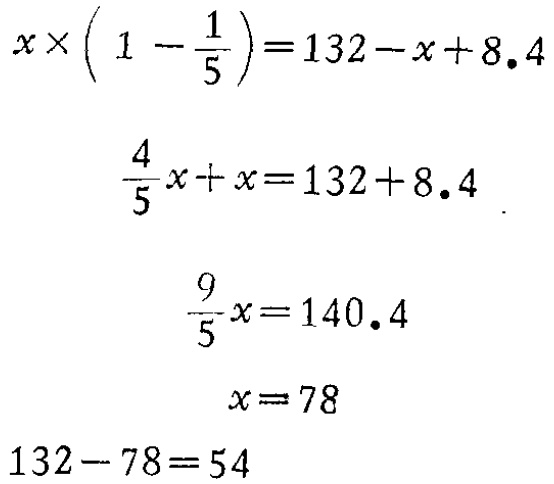
\[

\begin{align*}

x\times\left(1 - \frac{1}{5}\right)&=132 - x + 8.4\\

\frac{4}{5}x + x&=132 + 8.4\\

\frac{9}{5}x&=140.4\\

x&=78\\

132 - 78&=54

\end{align*}

\]